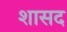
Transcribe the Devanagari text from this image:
शासद